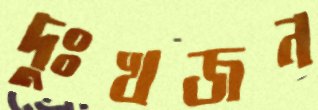
দুঃখজন